Civil Veterinary Dept. Bombay admin report 1914-1922 - 1914-1922
Year: 1914
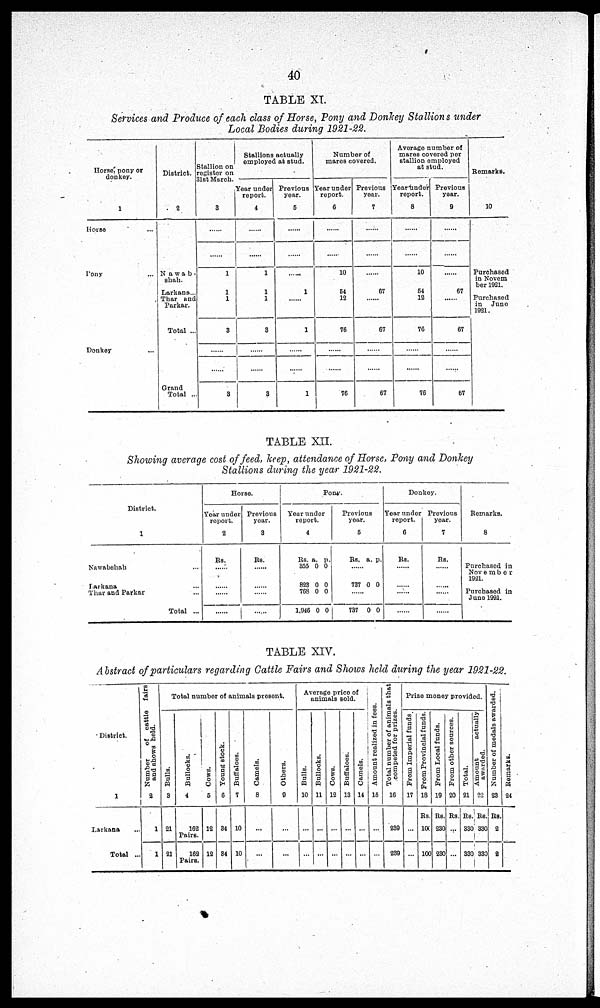
40
TABLE XI.
Services and Produce of each class of Horse, Pony and Donkey Stallions under
Local Bodies during 1921-22.
Horse, pony or
donkey.
1
Horse ...
Pony ...
Donkey ...
District.
2
Nawab-
shah.
Larkana ...
Thar and
Parkar.
Total ...
Grand
Total ...
Stallion on
register on
31st March.
3
......
1
1
1
3
......
......
3
Stallions actually
employed at stud.
Year under
report.
4
......
1
1
1
3
......
......
3
Previous
year.
5
......
......
1
......
1
......
......
1
Number of
mares covered.
Year under
report.
6
......
10
54
12
76
......
......
76
Previous
year.
7
......
......
67
.....
67
......
......
67
Average number of
mares covered per
stallion employed
at stud.
Year under
report.
8
......
10
54
12
76
......
......
76
Previous
year.
9
......
......
67
.....
67
......
......
57
Remarks.
10
Purchased
in Novem
ber 1921.
Purchased
in
Juno
1921.
TABLE XII.
Showing average cost of feed, keep, attendance of Horse, Pony and Donkey
Stallions during the year 1921-22.
District.
1
Nawabshah ...
Larkana ...
Thar and Parkar ...
Total ...
Horse.
Year under
report.
2
Rs.
......
......
......
Previous
year.
3
Rs.
......
......
......
......
Pony.
Year under
report.
4
Rs.
355
823
768
1,946
a.
0
0
0
0
p.
0
0
0
0
Previous
year.
5
Rs. a. p.
......
737 0 0
......
737 0 0
Donkey.
Year under
report.
6
Rs.
......
......
......
......
Previous
year.
7
Rs.
......
......
......
......
Remarks.
8
Purchased in
November
1921.
Purchased in
June 1921.
TABLE XIV.
Abstract of particulars regarding Cattle Fairs and Shows held during the year 1921-22.
District.
1
Larkana ...
Total ...
Number
of cattle
fairs
and shows held.
2
1
1
Total number of animals present.
Bulls.
3
21
21
Bullocks.
4
162
Pairs.
162
Pairs.
Cows.
6
12
12
Young stock.
6
34
34
Buffaloes.
7
10
10
Camels.
...
8
...
...
Others.
9
...
...
Average price of
animals sold.
Bulls.
10
...
...
Bullocks.
11
...
...
Cows.
12
...
...
Buffaloes.
13
...
...
Camels.
14
...
...
Amount realized in fees.
16
...
...
Total number of animals that
competed for prizes.
16
239
239
Prise money provided.
From Imperial funds.
17
...
...
From Provincial funds.
18
Rs.
100
100
From Local funds.
19
Rs.
230
230
From other sources.
20
Rs.
...
...
Total.
21
Rs.
330
330
Amount
actually
awarded.
22
Rs.
330
330
Number of medals awarded.
23
Rs.
2
2
Re ma r
ks .
24